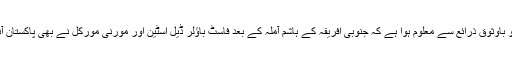
دریں اثنا ڈوئچے ویلے کو باوثوق ذرائع سے معلوم ہوا ہے کہ جنوبی افریقہ کے ہاشم آملہ کے بعد فاسٹ باؤلر ڈیل اسٹین اور مورنی مورکل نے بھی پاکستان آنے کی حامی بھر لی ہے۔